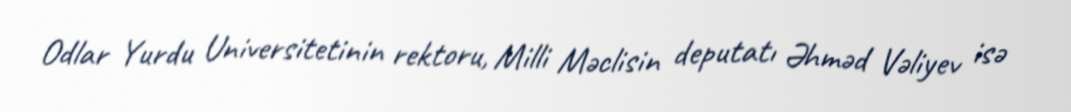
Odlar Yurdu Universitetinin rektoru, Milli Məclisin deputatı Əhməd Vəliyev isə